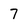
Character: 7